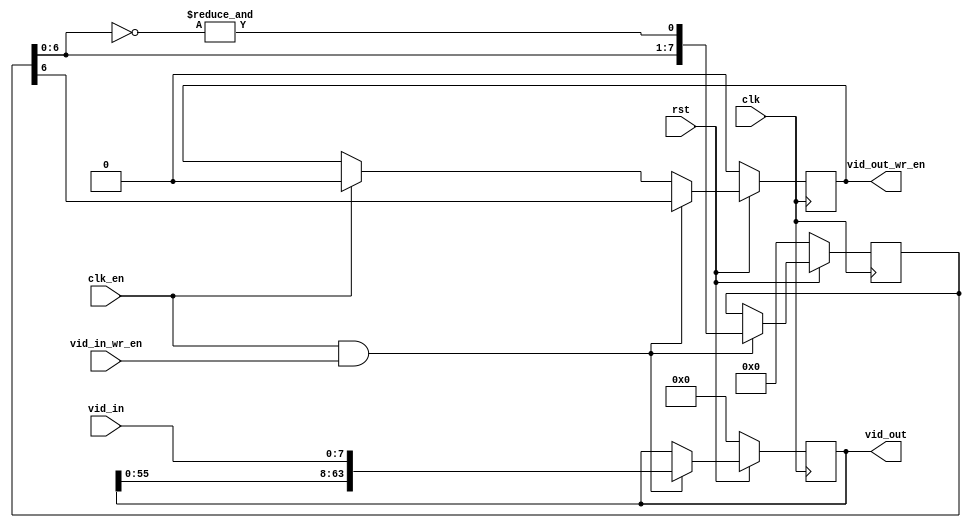
module vbuf_write (
  clk, clk_en, rst, 
  vid_in, vid_in_wr_en,
  vid_out, vid_out_wr_en
  );

  input              clk;
  input              clk_en;
  input              rst;                      // synchronous active low reset

  input         [7:0]vid_in;
  input              vid_in_wr_en;

  output reg   [63:0]vid_out;
  output reg         vid_out_wr_en;

  reg           [7:0]loop;

  always @(posedge clk)
    if (~rst) vid_out <= 64'b0;
    else if (clk_en && vid_in_wr_en) vid_out <= {vid_out[55:0], vid_in};
    else vid_out <= vid_out;

  always @(posedge clk)
    if (~rst) loop <= 8'b0;
    else if (clk_en && vid_in_wr_en) loop <= {loop[6:0], &(~loop[6:0])};
    else loop <= loop;

  always @(posedge clk)
    if (~rst) vid_out_wr_en <= 1'b0;
    else if (clk_en && vid_in_wr_en) vid_out_wr_en <= loop[6];
    else if (clk_en) vid_out_wr_en <= 1'b0;
    else vid_out_wr_en <= vid_out_wr_en;

`ifdef DEBUG                        
  always @(posedge clk)
    $strobe("%m\\\\\\\\\\\\\\\\\\\\\\\\\\\\\\\\tvid_in: %h vid_in_wr_en: %d vid_out: %h vid_out_wr_en: %d loop: %8b",
                 vid_in, vid_in_wr_en, vid_out, vid_out_wr_en, loop);
`endif

endmodule